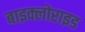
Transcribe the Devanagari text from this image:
बाइक्लोराइड